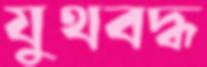
যুথবদ্ধ